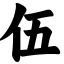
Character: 伍